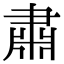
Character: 肅